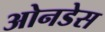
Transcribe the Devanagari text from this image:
ओनडेस